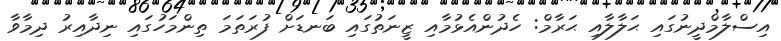
އިސްލާމްދީނުގައި ޙަލާލާއި ޙަރާމް: ހެދުންއެޅުމާއި ޒީނަތުގައި ބަނޑަށް ފުރަތަމަ ތިންމަހުގައި ނިދާއިރު ދިމާވާ